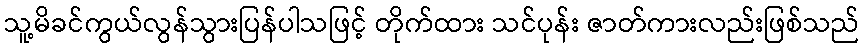
သူ့မိခင်ကွယ်လွန်သွားပြန်ပါသဖြင့် တိုက်ထား သင်ပုန်း ဇာတ်ကားလည်းဖြစ်သည်